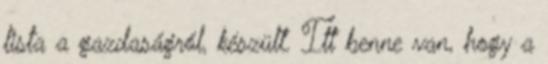
lista a gazdaságról, készült. Itt benne van, hogy a